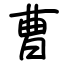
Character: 曹